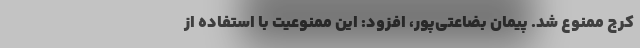
کرج ممنوع شد. پیمان بضاعتی‌پور، افزود: این ممنوعیت با استفاده از